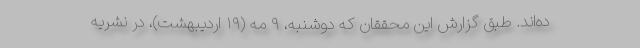
ده‌اند. طبق گزارش این محققان که دو‌‌شنبه، ۹ مه (۱۹ اردیبهشت)، در نشریه